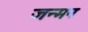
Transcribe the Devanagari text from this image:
जन्मन